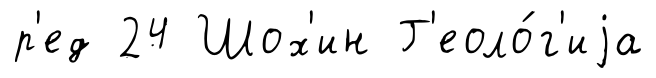
р'ед 24 Шох'ин Г'еоло́г'иjа